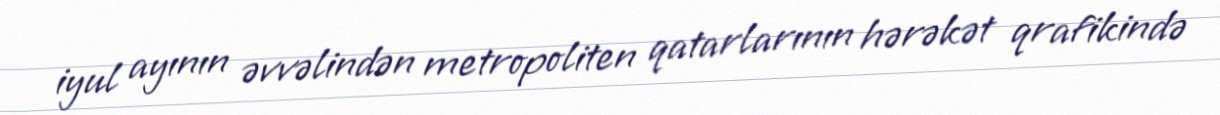
iyul ayının əvvəlindən metropoliten qatarlarının hərəkət qrafikində